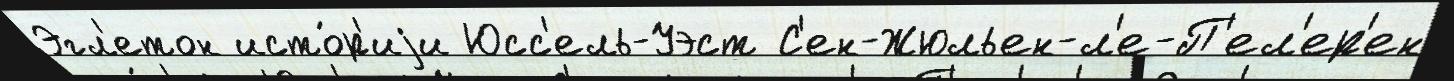
Эгл'етон исто́р'иjи Юсс'ель-Уэст С'ен-Жюльен-л'е-П'ел'ер'ен